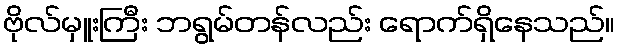
ဗိုလ်မှူးကြီး ဘရွမ်တန်လည်း ရောက်ရှိနေသည်။